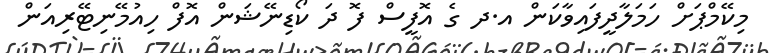
މިކޭމްޕަށް ހަމަލާދީފައިވާކަން އ.ދ ގެ އޮފީސް ފޮ ދަ ކޯޑިނޭޝަން އޮފް ހިއުމޭނިޓޭރިއަން